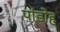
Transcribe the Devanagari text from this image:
पांडोह